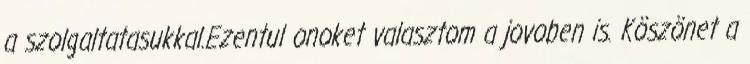
a szolgaltatasukkal.Ezentul onoket valasztom a jovoben is. Köszönet a